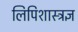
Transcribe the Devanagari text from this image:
लिपिशास्त्रज्ञ